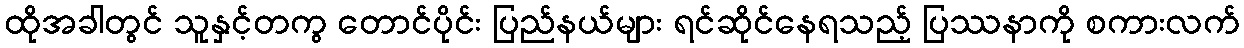
ထိုအခါတွင် သူနှင့်တကွ တောင်ပိုင်း ပြည်နယ်များ ရင်ဆိုင်နေရသည့် ပြဿနာကို စကားလက်